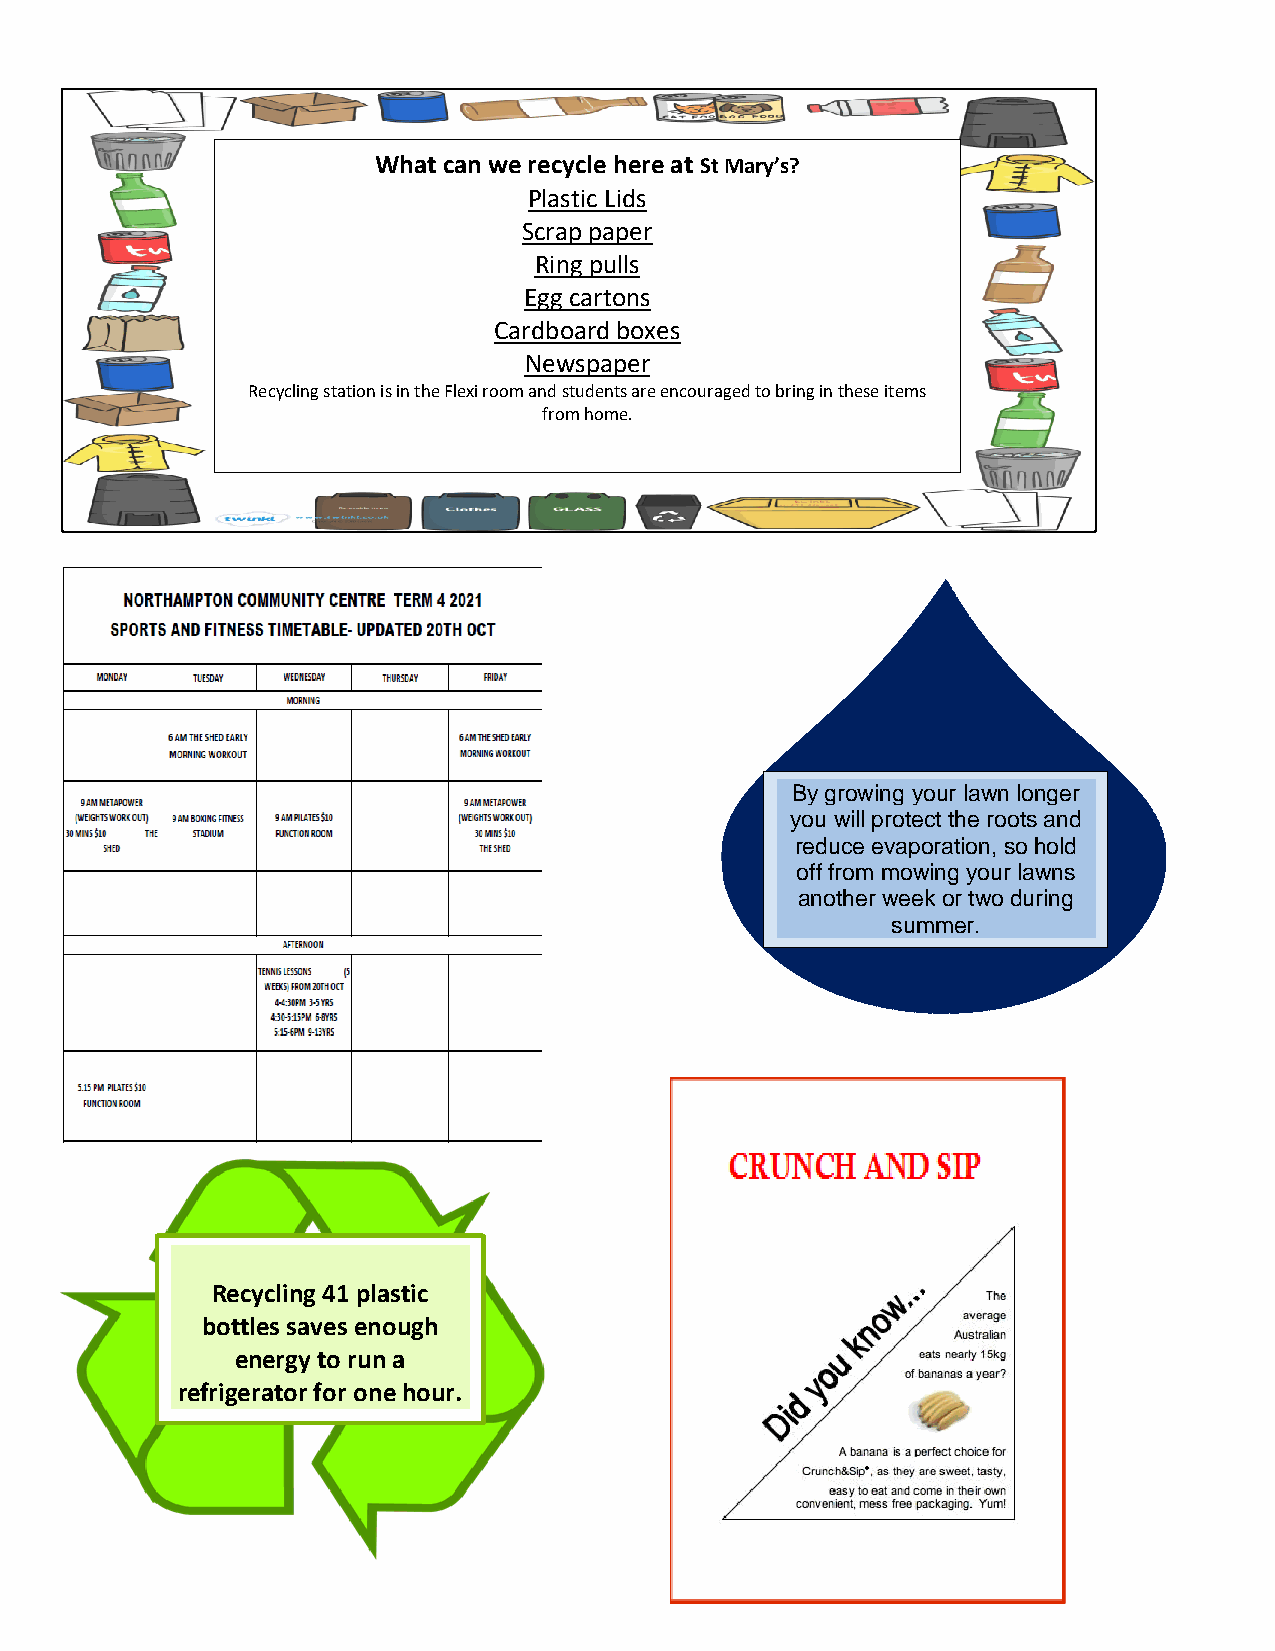
What can we recycle here at St Mary’s?
 Plastic Lids
 Scrap paper
 Ring pulls
 Egg cartons
 Cardboard boxes
 Newspaper
 Recycling station is in the Flexi room and students are encouraged to bring in these items
 from home.
 By growing your lawn longer
 you will protect the roots and
 reduce evaporation, so hold
 off from mowing your lawns
 another week or two during
 summer.
 Recycling 41 plastic
 bottles saves enough
 energy to run a
 refrigerator for one hour.